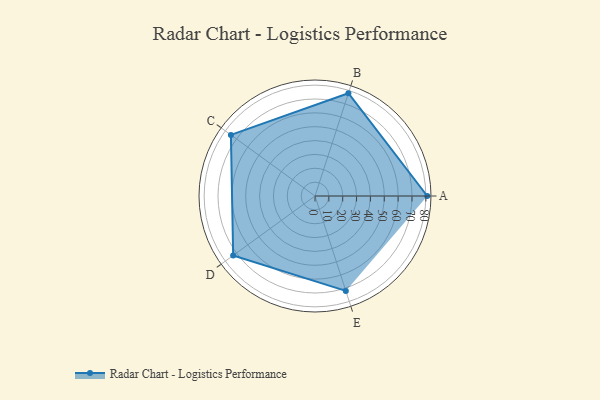
{"axis": {"x": "Skill", "y": "Score"}, "legend": ["Profile"], "data": [{"x": "A", "y": 81.0, "type": "Profile"}, {"x": "B", "y": 78.0, "type": "Profile"}, {"x": "C", "y": 75.0, "type": "Profile"}, {"x": "D", "y": 73.0, "type": "Profile"}, {"x": "E", "y": 72.0, "type": "Profile"}]}